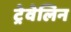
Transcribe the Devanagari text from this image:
ट्रेवेलिन